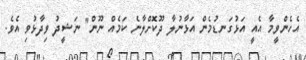
އެހެންވީމާ އެއީ އަޅުގަނޑުމެން އަޅާނުލާ ދޫކޮށްލާނެ ކަމެއް ނޫން" ނަޝީދު ވިދާޅުވި އެވެ.